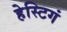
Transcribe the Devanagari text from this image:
हेस्टिगं